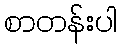
စာတန်းပါ